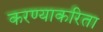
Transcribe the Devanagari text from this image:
करण्‍याकरिता